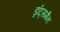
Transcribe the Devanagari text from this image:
ड्रॉट्समैन